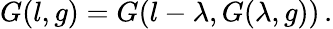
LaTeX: G(l,g)=G(l-\lambda,G(\lambda,g))\, .